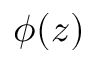
\phi ( z )